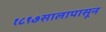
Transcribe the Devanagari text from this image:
१८९७सालापासून